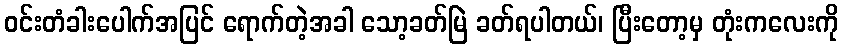
ဝင်းတံခါးပေါက်အပြင် ရောက်တဲ့အခါ သော့ခတ်မြဲ ခတ်ရပါတယ်၊ ပြီးတော့မှ တုံးကလေးကို